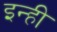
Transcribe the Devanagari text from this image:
इन्‍ही